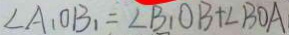
\angle A _ { 1 } O B _ { 1 } = \angle B _ { 1 } O B + \angle B O A